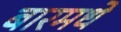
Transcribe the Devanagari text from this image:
बारमधे